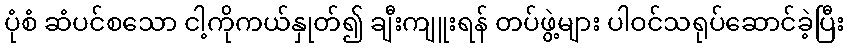
ပုံစံ ဆံပင်စသော ငါ့ကိုကယ်နှုတ်၍ ချီးကျူးရန် တပ်ဖွဲ့များ ပါဝင်သရုပ်ဆောင်ခဲ့ပြီး